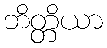
ဘိတ္တိယာ